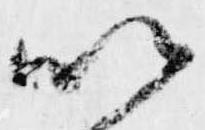
以